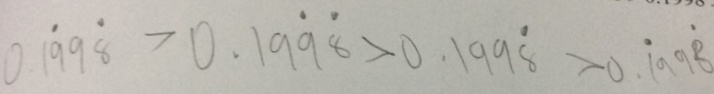
0 . 1 \dot { 9 } 9 \dot { 8 } > 0 . 1 9 \dot { 9 } \dot { 8 } > 0 . 1 9 9 \dot { 8 } > 0 . \dot { 1 } 9 9 \dot { 8 }